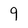
Character: 9